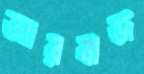
আরবাজ